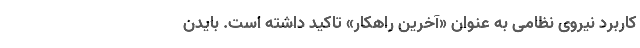
کاربرد نیروی نظامی به عنوان «آخرین راهکار» تاکید داشته است. بایدن